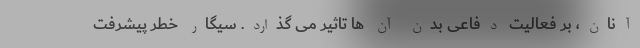
آنان، بر فعالیت دفاعی بدن آن ها تاثیر می‌ گذارد. سیگار خطر پیشرفت